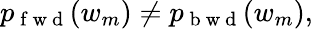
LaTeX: p_{\mathrm{~f~w~d~}}(w_{m})\neq p_{\mathrm{~b~w~d~}}(w_{m}),